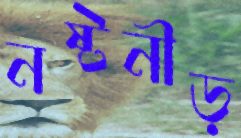
নষ্টনীড়